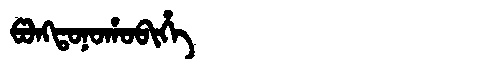
Manchu: ᡦᠣᠩᡨᠣᠨᠣᡥᠣᠪᡳᡥᡝ
Romanization: PONGTONOHOBIHE